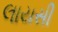
લાયસી